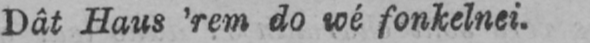
Dât Haus ’rem do wé fonkelnei.